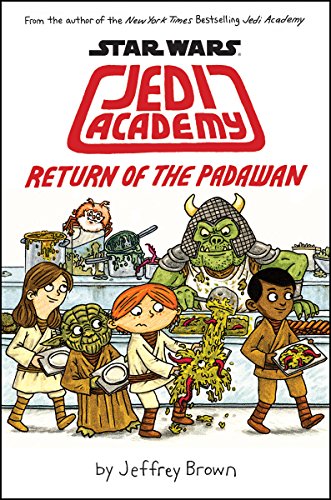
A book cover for Star Wars: Jedi Academy, Return of the Padawan (Book 2); Jeffrey Brown; Comics & Graphic Novels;